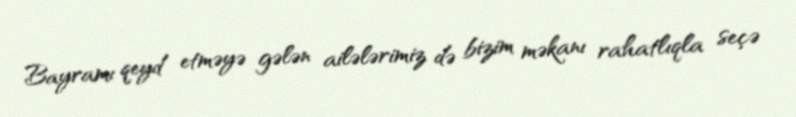
Bayramı qeyd etməyə gələn ailələrimiz də bizim məkanı rahatlıqla seçə